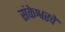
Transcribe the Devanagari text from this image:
संकेश्वरचे